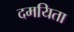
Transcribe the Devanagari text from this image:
दमयिता